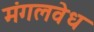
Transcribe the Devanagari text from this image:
मंगलवेध